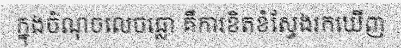
ក្នុងចំណុចលេចធ្លោ គឺការខិតខំស្វែងរកឃើញ